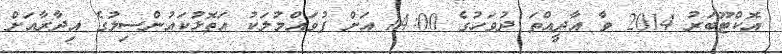
އޮކްޓޫބަރު 2014 ވާ އާދީއްތަ ދުވަހުގެ 14:00 އަށް ފުވައްމުލަކު އަތޮޅުކައުންސިލުގެ އިދާރާއަށް